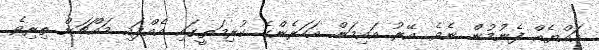
އައްޔެއް ފެނުމުން ނެވެ. އޭރު އައިމަން އަހަރެންގެ ކުރިމަތީގައި އެއްފައި މައްޗަށް ތިރިވެ